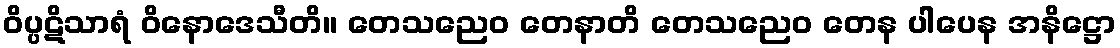
ဝိပ္ပဋိသာရံ ဝိနောဒေသီတိ။ တေသညေဝ တေနာတိ တေသညေဝ တေန ပါပေန အနိဋ္ဌော